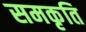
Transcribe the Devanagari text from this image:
समकृति